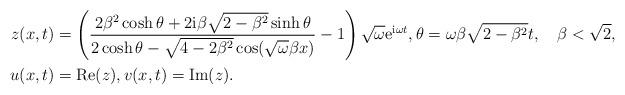
LaTeX: \begin{align*}z(x,t)&=\left(\frac{2\beta^2\cosh\theta+2\mathrm{i}\beta\sqrt{2-\beta^2}\sinh\theta}{2\cosh\theta-\sqrt{4-2\beta^2}\cos(\sqrt\omega\beta x)}-1\right)\sqrt\omega\mathrm{e}^{\mathrm{i}\omega t},\theta=\omega\beta\sqrt{2-\beta^2}t,\quad\beta<\sqrt{2},\\u(x,t)&=\operatorname{Re}(z),v(x,t)=\operatorname{Im}(z). \end{align*}